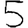
Digit: 5